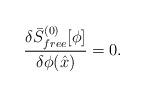
LaTeX: \begin{align*}{\delta \bar{S}^{(0)}_{free}[\phi] \over \delta\phi(\hat{x})}=0.\end{align*}